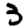
Digit: 3